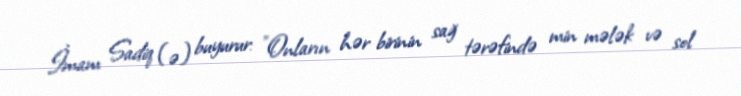
İmam Sadiq (ə) buyurur: "Onların hər birinin sağ tərəfində min mələk və sol